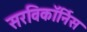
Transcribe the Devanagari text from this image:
सरविकॉर्निस